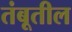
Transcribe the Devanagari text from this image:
तंबूतील